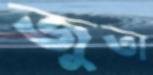
জুতা